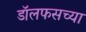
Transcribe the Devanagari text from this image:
डॉलफसच्या